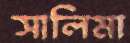
সালিমা